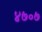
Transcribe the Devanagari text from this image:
४७॰७